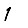
Digit: 1